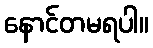
နောင်တမရပါ။